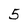
Character: 5